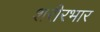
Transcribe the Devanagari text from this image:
शरीरभार